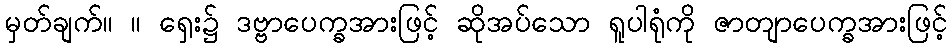
မှတ်ချက်။ ။ ရှေး၌ ဒဗ္ဗာပေက္ခအားဖြင့် ဆိုအပ်သော ရူပါရုံကို ဇာတျာပေက္ခအားဖြင့်